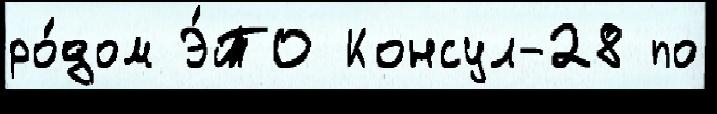
ро́дом Э́ТО Консул-28 по